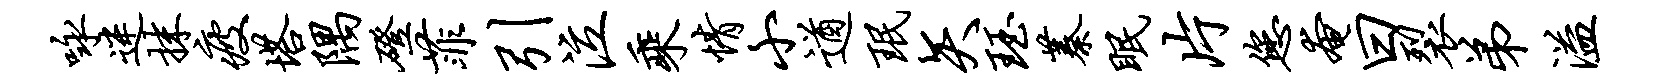
咏迷抹疲塔隅磴菲引泣乘情小遒珉矢珏蓁眠片您奄曰裂弟溢